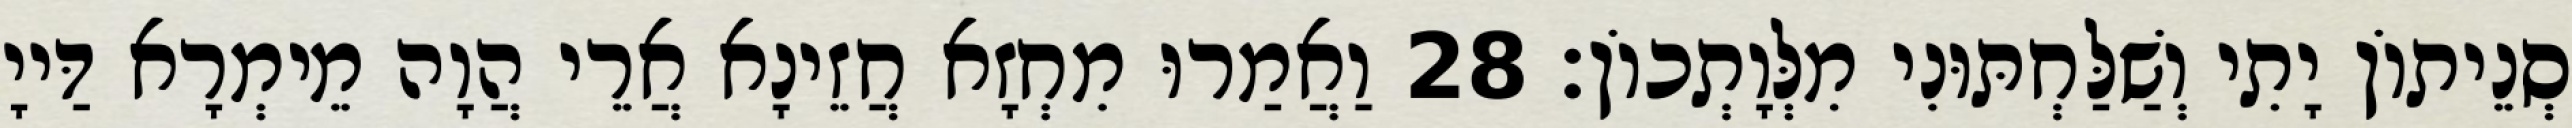
סְנֵיתוֹן יָתִי וְשַׁלַּחְתּוּנִי מִלְּוָתְכוֹן׃ 28 וַאֲמַרוּ מִחְזָא חֲזֵינָא אֲרֵי הֲוָה מֵימְרָא דַּייָ